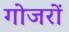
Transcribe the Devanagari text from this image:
गोजरों